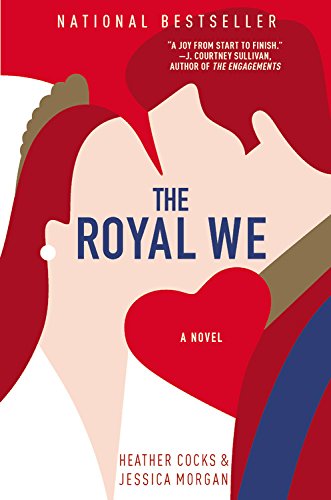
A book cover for The Royal We; Heather Cocks; Romance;